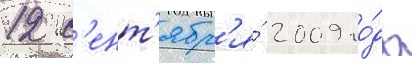
12 с'ент'ябр'я́ 2009 го́да